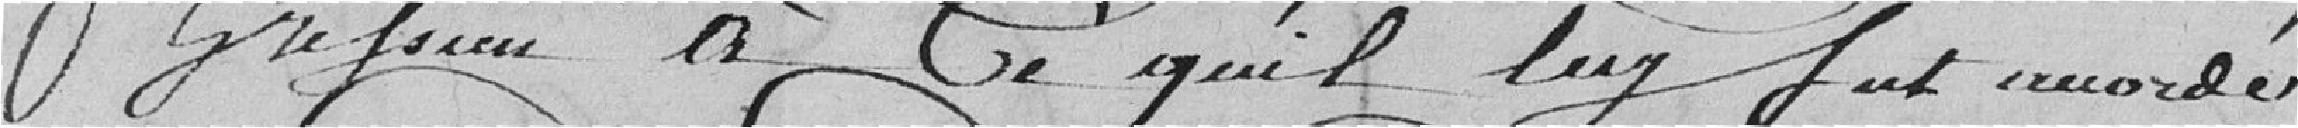
Gressien à ce qu'il lui fut accordé